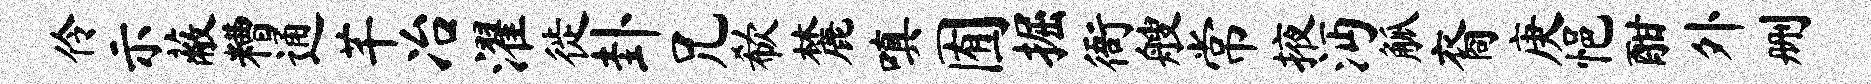
伶示蔽糟通芊冶濯徙卦兄欷麓嗔囿掘衙艘常掖沔觚裔庚悒酣外删